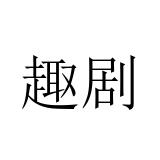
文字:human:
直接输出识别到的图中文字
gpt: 趣剧